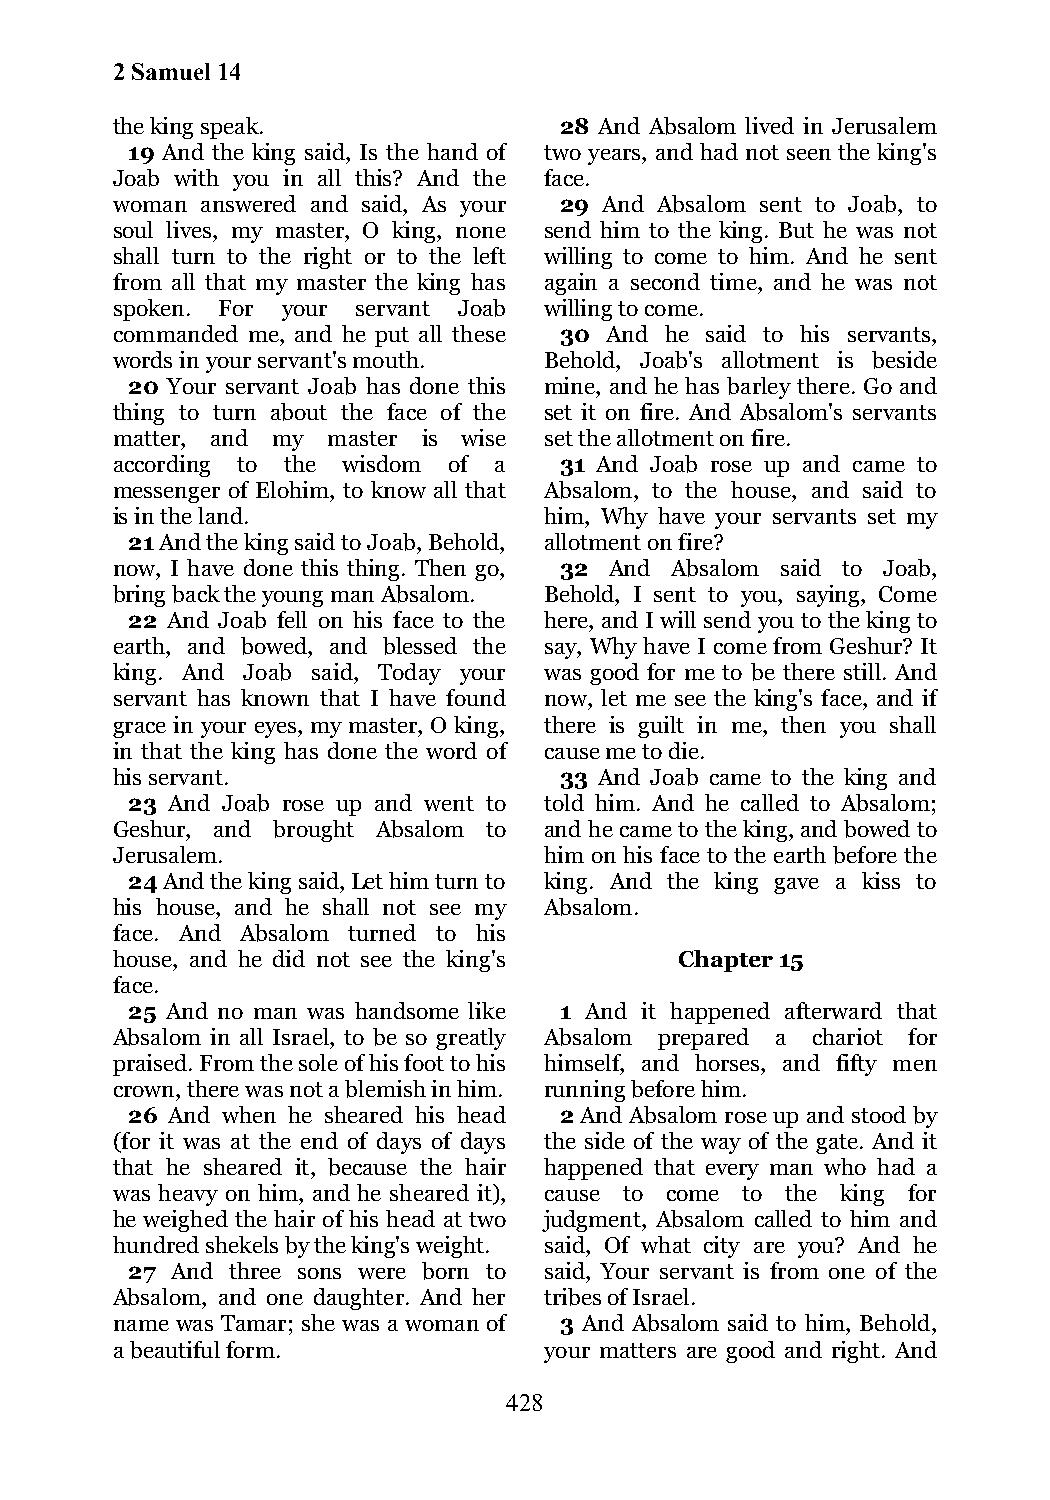
2 Samuel 14
 the king speak.               28 And Absalom lived in Jerusalem
 19 And the king said, Is the hand of two years, and had not seen the king's
 Joab with you in all this? And the face.
 woman answered and said, As your 29 And Absalom sent to Joab, to
 soul lives, my master, O king, none send him to the king. But he was not
 shall turn to the right or to the left willing to come to him. And he sent
 from all that my master the king has again a second time, and he was not
 spoken. For your servant Joab willing to come.
 commanded me, and he put all these 30 And he said to his servants,
 words in your servant's mouth. Behold, Joab's allotment is beside
 20 Your servant Joab has done this mine, and he has barley there. Go and
 thing to turn about the face of the set it on fire. And Absalom's servants
 matter, and my master is wise set the allotment on fire.
 according to the wisdom of a  31 And Joab rose up and came to
 messenger of Elohim, to know all that Absalom, to the house, and said to
 is in the land.              him, Why have your servants set my
 21 And the king said to Joab, Behold, allotment on fire?
 now, I have done this thing. Then go, 32 And Absalom said to Joab,
 bring back the young man Absalom. Behold, I sent to you, saying, Come
 22 And Joab fell on his face to the here, and I will send you to the king to
 earth, and bowed, and blessed the say, Why have I come from Geshur? It
 king. And Joab said, Today your was good for me to be there still. And
 servant has known that I have found now, let me see the king's face, and if
 grace in your eyes, my master, O king, there is guilt in me, then you shall
 in that the king has done the word of cause me to die.
 his servant.                  33 And Joab came to the king and
 23 And Joab rose up and went to told him. And he called to Absalom;
 Geshur, and brought Absalom to and he came to the king, and bowed to
 Jerusalem.                   him on his face to the earth before the
 24 And the king said, Let him turn to king. And the king gave a kiss to
 his house, and he shall not see my Absalom.
 face. And Absalom turned to his
 house, and he did not see the king's  Chapter 15
 face.
 25 And no man was handsome like 1 And it happened afterward that
 Absalom in all Israel, to be so greatly Absalom prepared a chariot for
 praised. From the sole of his foot to his himself, and horses, and fifty men
 crown, there was not a blemish in him. running before him.
 26 And when he sheared his head 2 And Absalom rose up and stood by
 (for it was at the end of days of days the side of the way of the gate. And it
 that he sheared it, because the hair happened that every man who had a
 was heavy on him, and he sheared it), cause to come to the king for
 he weighed the hair of his head at two judgment, Absalom called to him and
 hundred shekels by the king's weight. said, Of what city are you? And he
 27 And three sons were born to said, Your servant is from one of the
 Absalom, and one daughter. And her tribes of Israel.
 name was Tamar; she was a woman of 3 And Absalom said to him, Behold,
 a beautiful form.            your matters are good and right. And
 428